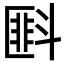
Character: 𪯭